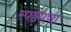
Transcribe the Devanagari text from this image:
स्पष्टपणा